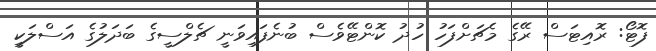
ފޮޓޯ: ރޮއިޓަސް ރޭގެ މެޗަށްފަހު ހުދު ކޮންޓޭވެސް ބުނެފައިވަނީ ޗެލްސީގެ ބަދަލުގެ އަސްލަކީ